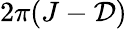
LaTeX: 2\pi(J-\mathcal{D})